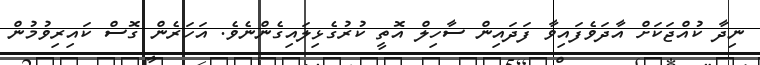
ނިދާ ކުއްޖަކަށް އާދަވެފައިވާ ފަދައިން ސާހިލް އޮތީ ކުރުގެޅިލައިގެންނެވެ. އަހަރެން ގޮސް ކައިރިވުމުން